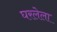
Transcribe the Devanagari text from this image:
घरलेला